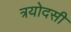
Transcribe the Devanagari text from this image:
त्रयोदसी